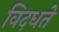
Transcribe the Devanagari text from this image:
विदधते